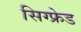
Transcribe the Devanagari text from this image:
सिग्फ्रेड